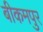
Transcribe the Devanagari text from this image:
बीकमपुर